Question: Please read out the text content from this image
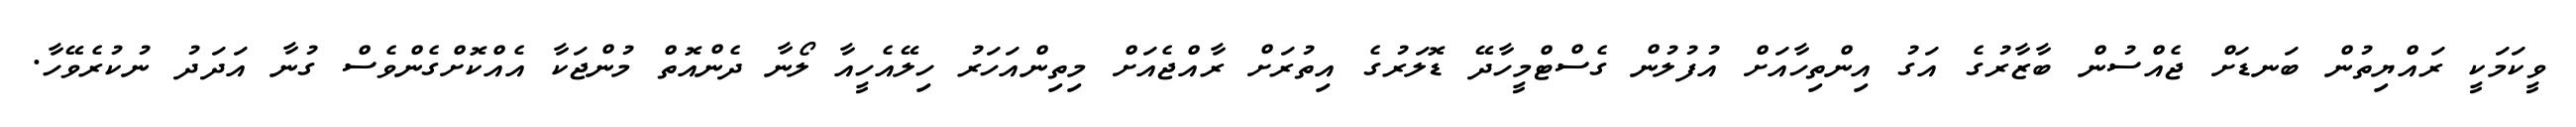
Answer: ވީކަމަކީ ރައްޔިތުން ބަނޑަށް ޖެއްސުން ބާޒާރުގެ އަގު އިންތިހާއަށް އުފުލުން ގެސްޓްމީހާދޭ ޑޮލަރުގެ އިތުރަށް ރާއްޖެއަށް މިތިންއަހަރު ހިލޭއެހީއާ ލޯނާ ދެންއޮތް މުންޖަކާ އެއްކޮށްގެންވެސް ގުނާ އަދަދު ނުކުރެވޭހާ.